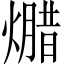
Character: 𱬕